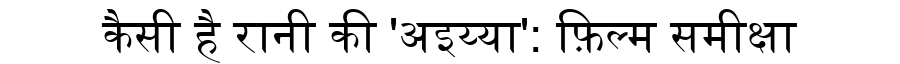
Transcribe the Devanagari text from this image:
कैसी है रानी की 'अइय्या': फ़िल्म समीक्षा